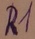
Text: R1